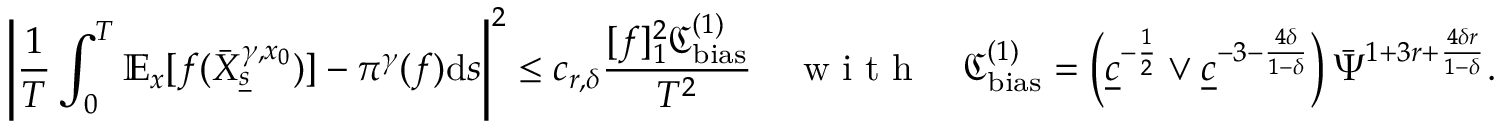
\left| \frac { 1 } { T } \int _ { 0 } ^ { T } \mathbb { E } _ { x } [ f ( \bar { X } _ { \underline { { s } } } ^ { \gamma , x _ { 0 } } ) ] - \pi ^ { \gamma } ( f ) \mathrm { d } s \right| ^ { 2 } \le c _ { r , \delta } \frac { [ f ] _ { 1 } ^ { 2 } \mathfrak { C } _ { \mathrm { b i a s } } ^ { ( 1 ) } } { T ^ { 2 } } \quad \textnormal { w i t h } \quad \mathfrak { C } _ { \mathrm { b i a s } } ^ { ( 1 ) } = \left( \underline { { c } } ^ { - \frac { 1 } { 2 } } \vee \underline { { c } } ^ { - 3 - \frac { 4 \delta } { 1 - \delta } } \right) \bar { \Psi } ^ { { 1 + 3 r } + \frac { 4 \delta r } { 1 - \delta } } .